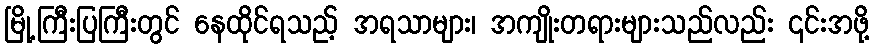
မြို့ကြီးပြကြီးတွင် နေထိုင်ရသည့် အရသာများ၊ အကျိုးတရားများသည်လည်း ၎င်းအဖို့